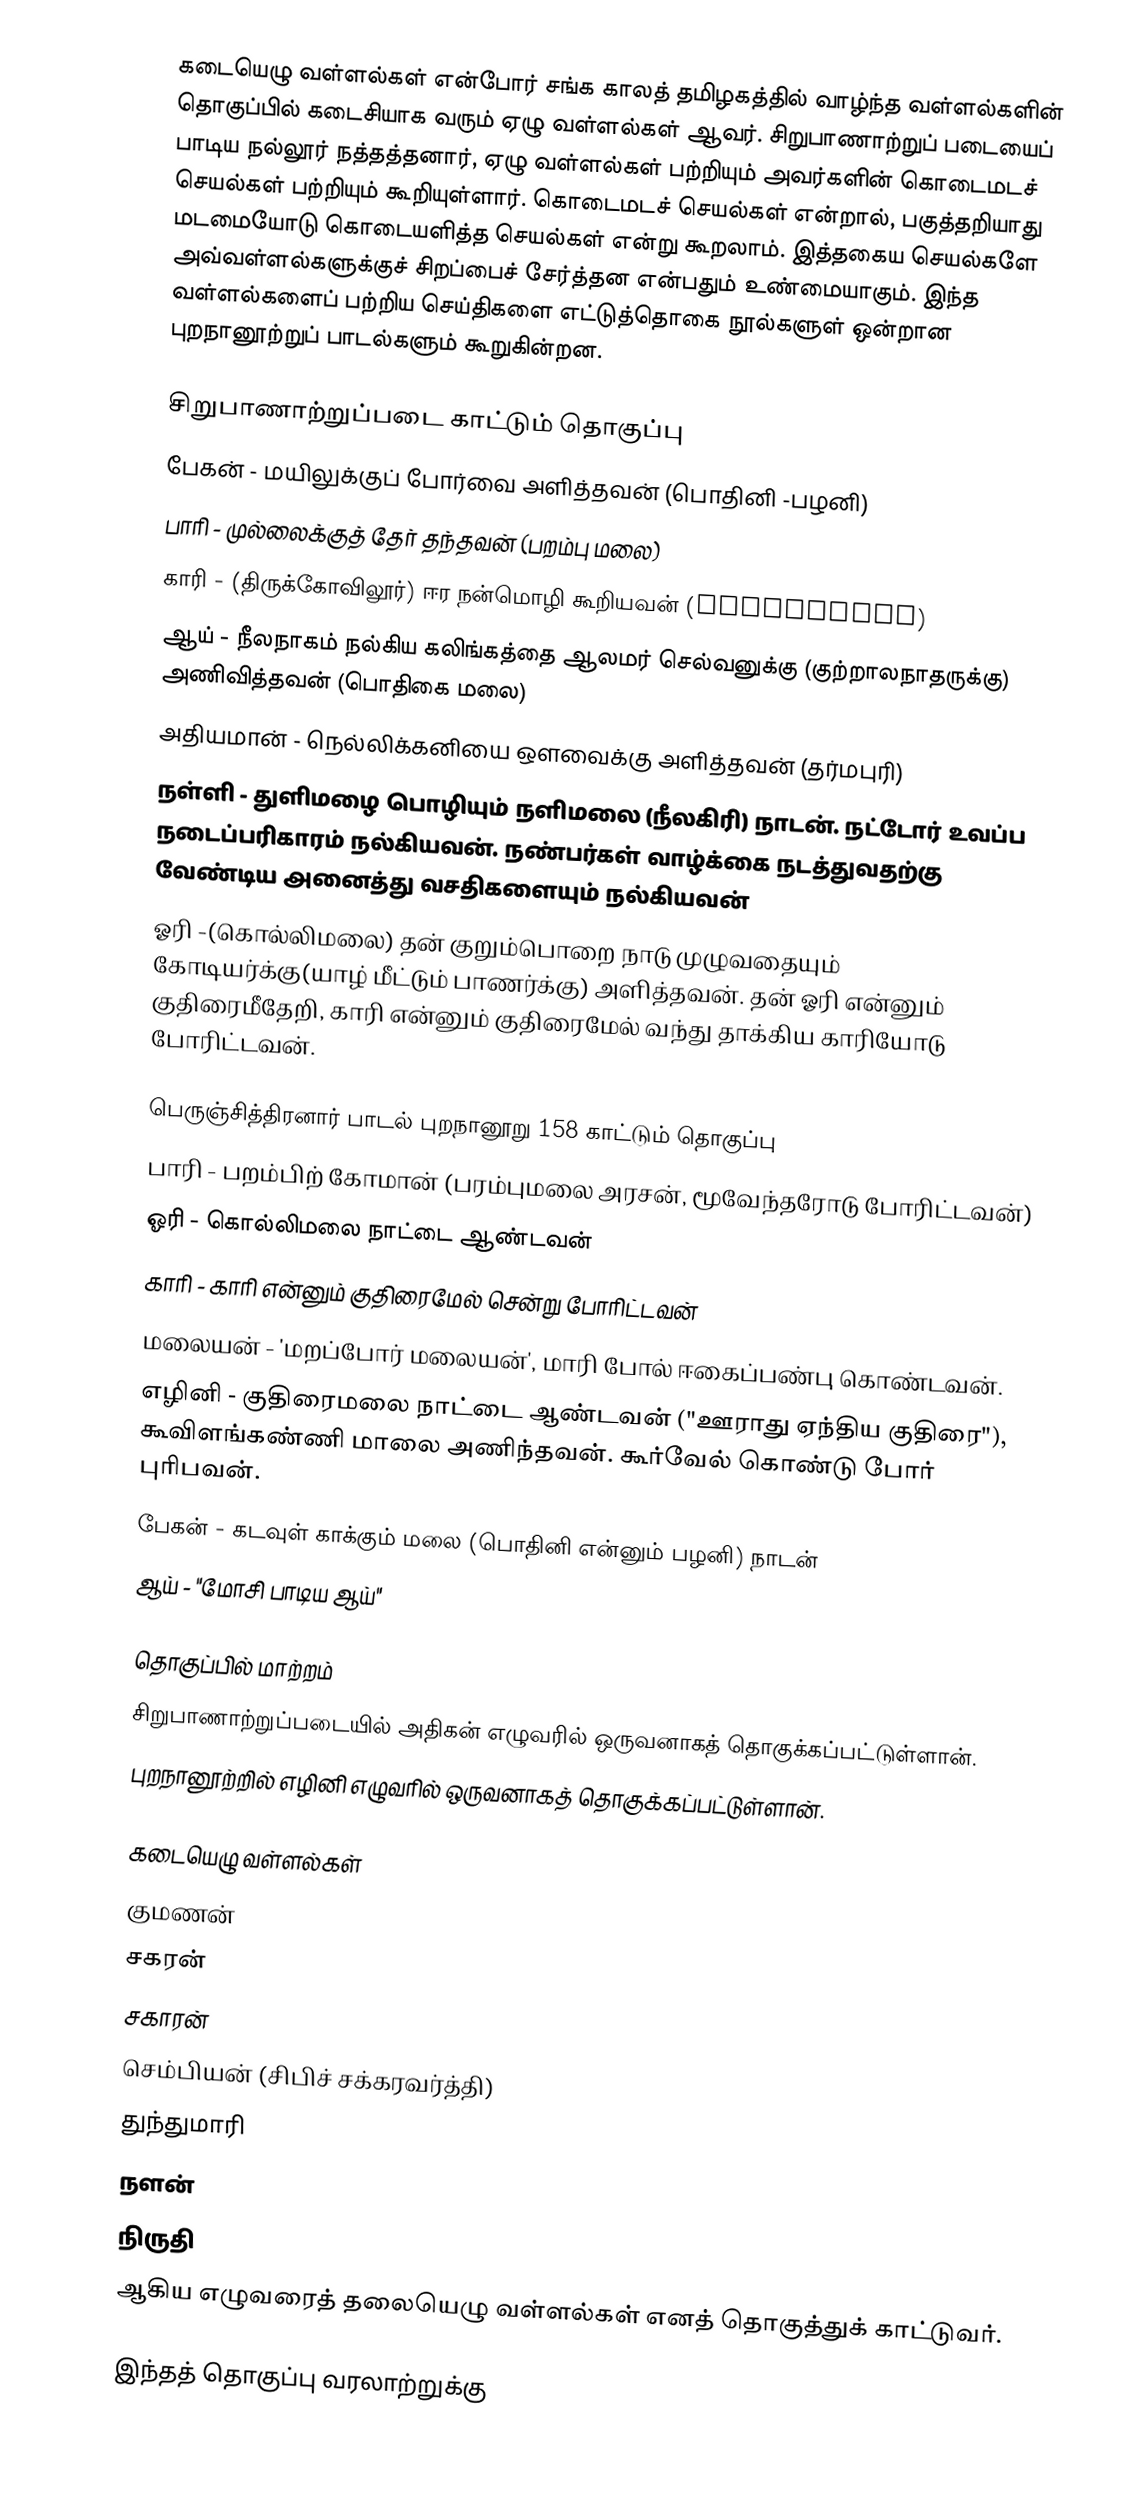
கடையெழு வள்ளல்கள் என்போர் சங்க காலத் தமிழகத்தில் வாழ்ந்த வள்ளல்களின் தொகுப்பில் கடைசியாக வரும் ஏழு வள்ளல்கள் ஆவர். சிறுபாணாற்றுப் படையைப் பாடிய நல்லூர் நத்தத்தனார், ஏழு வள்ளல்கள் பற்றியும் அவர்களின் கொடைமடச் செயல்கள் பற்றியும் கூறியுள்ளார். கொடைமடச் செயல்கள் என்றால், பகுத்தறியாது மடமையோடு கொடையளித்த செயல்கள் என்று கூறலாம். இத்தகைய செயல்களே அவ்வள்ளல்களுக்குச் சிறப்பைச் சேர்த்தன என்பதும் உண்மையாகும். இந்த வள்ளல்களைப் பற்றிய செய்திகளை எட்டுத்தொகை நூல்களுள் ஒன்றான புறநானூற்றுப் பாடல்களும் கூறுகின்றன.

சிறுபாணாற்றுப்படை காட்டும் தொகுப்பு
பேகன் - மயிலுக்குப் போர்வை அளித்தவன் (பொதினி -பழனி)
பாரி - முல்லைக்குத் தேர் தந்தவன் (பறம்பு மலை)
காரி - (திருக்கோவிலூர்) ஈர நன்மொழி கூறியவன் (councilman)
ஆய் - நீலநாகம் நல்கிய கலிங்கத்தை ஆலமர் செல்வனுக்கு (குற்றாலநாதருக்கு) அணிவித்தவன் (பொதிகை மலை)
அதியமான் - நெல்லிக்கனியை ஔவைக்கு அளித்தவன் (தர்மபுரி)
நள்ளி - துளிமழை பொழியும் நளிமலை (நீலகிரி) நாடன். நட்டோர் உவப்ப நடைப்பரிகாரம் நல்கியவன். நண்பர்கள் வாழ்க்கை நடத்துவதற்கு வேண்டிய அனைத்து வசதிகளையும் நல்கியவன்
ஓரி -(கொல்லிமலை) தன் குறும்பொறை நாடு முழுவதையும் கோடியர்க்கு(யாழ் மீட்டும் பாணர்க்கு) அளித்தவன். தன் ஓரி என்னும் குதிரைமீதேறி, காரி என்னும் குதிரைமேல் வந்து தாக்கிய காரியோடு போரிட்டவன்.

பெருஞ்சித்திரனார் பாடல் புறநானூறு 158 காட்டும் தொகுப்பு
 பாரி - பறம்பிற் கோமான் (பரம்புமலை அரசன், மூவேந்தரோடு போரிட்டவன்)
 ஓரி - கொல்லிமலை நாட்டை ஆண்டவன்
 காரி - காரி என்னும் குதிரைமேல் சென்று போரிட்டவன்
 மலையன் - 'மறப்போர் மலையன்', மாரி போல் ஈகைப்பண்பு கொண்டவன்.
 எழினி - குதிரைமலை நாட்டை ஆண்டவன் ("ஊராது ஏந்திய குதிரை"), கூவிளங்கண்ணி மாலை அணிந்தவன். கூர்வேல் கொண்டு போர் புரிபவன்.
 பேகன் - கடவுள் காக்கும் மலை (பொதினி என்னும் பழனி) நாடன்
 ஆய் - "மோசி பாடிய ஆய்"

தொகுப்பில் மாற்றம்
சிறுபாணாற்றுப்படையில் அதிகன் எழுவரில் ஒருவனாகத் தொகுக்கப்பட்டுள்ளான்.
புறநானூற்றில் எழினி எழுவரில் ஒருவனாகத் தொகுக்கப்பட்டுள்ளான்.

கடையெழு வள்ளல்கள்
 குமணன்
 சகரன்
 சகாரன்
 செம்பியன் (சிபிச் சக்கரவர்த்தி)
 துந்துமாரி
 நளன்
 நிருதி
ஆகிய எழுவரைத் தலையெழு வள்ளல்கள் எனத் தொகுத்துக் காட்டுவர்.

இந்தத் தொகுப்பு வரலாற்றுக்கு